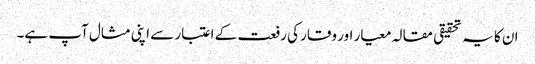
ان کا یہ تحقیقی مقالہ معیار اور وقار کی رفعت کے اعتبار سے اپنی مثال آپ ہے۔